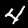
Label: 4